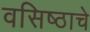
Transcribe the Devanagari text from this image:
वसिष्ठाचे